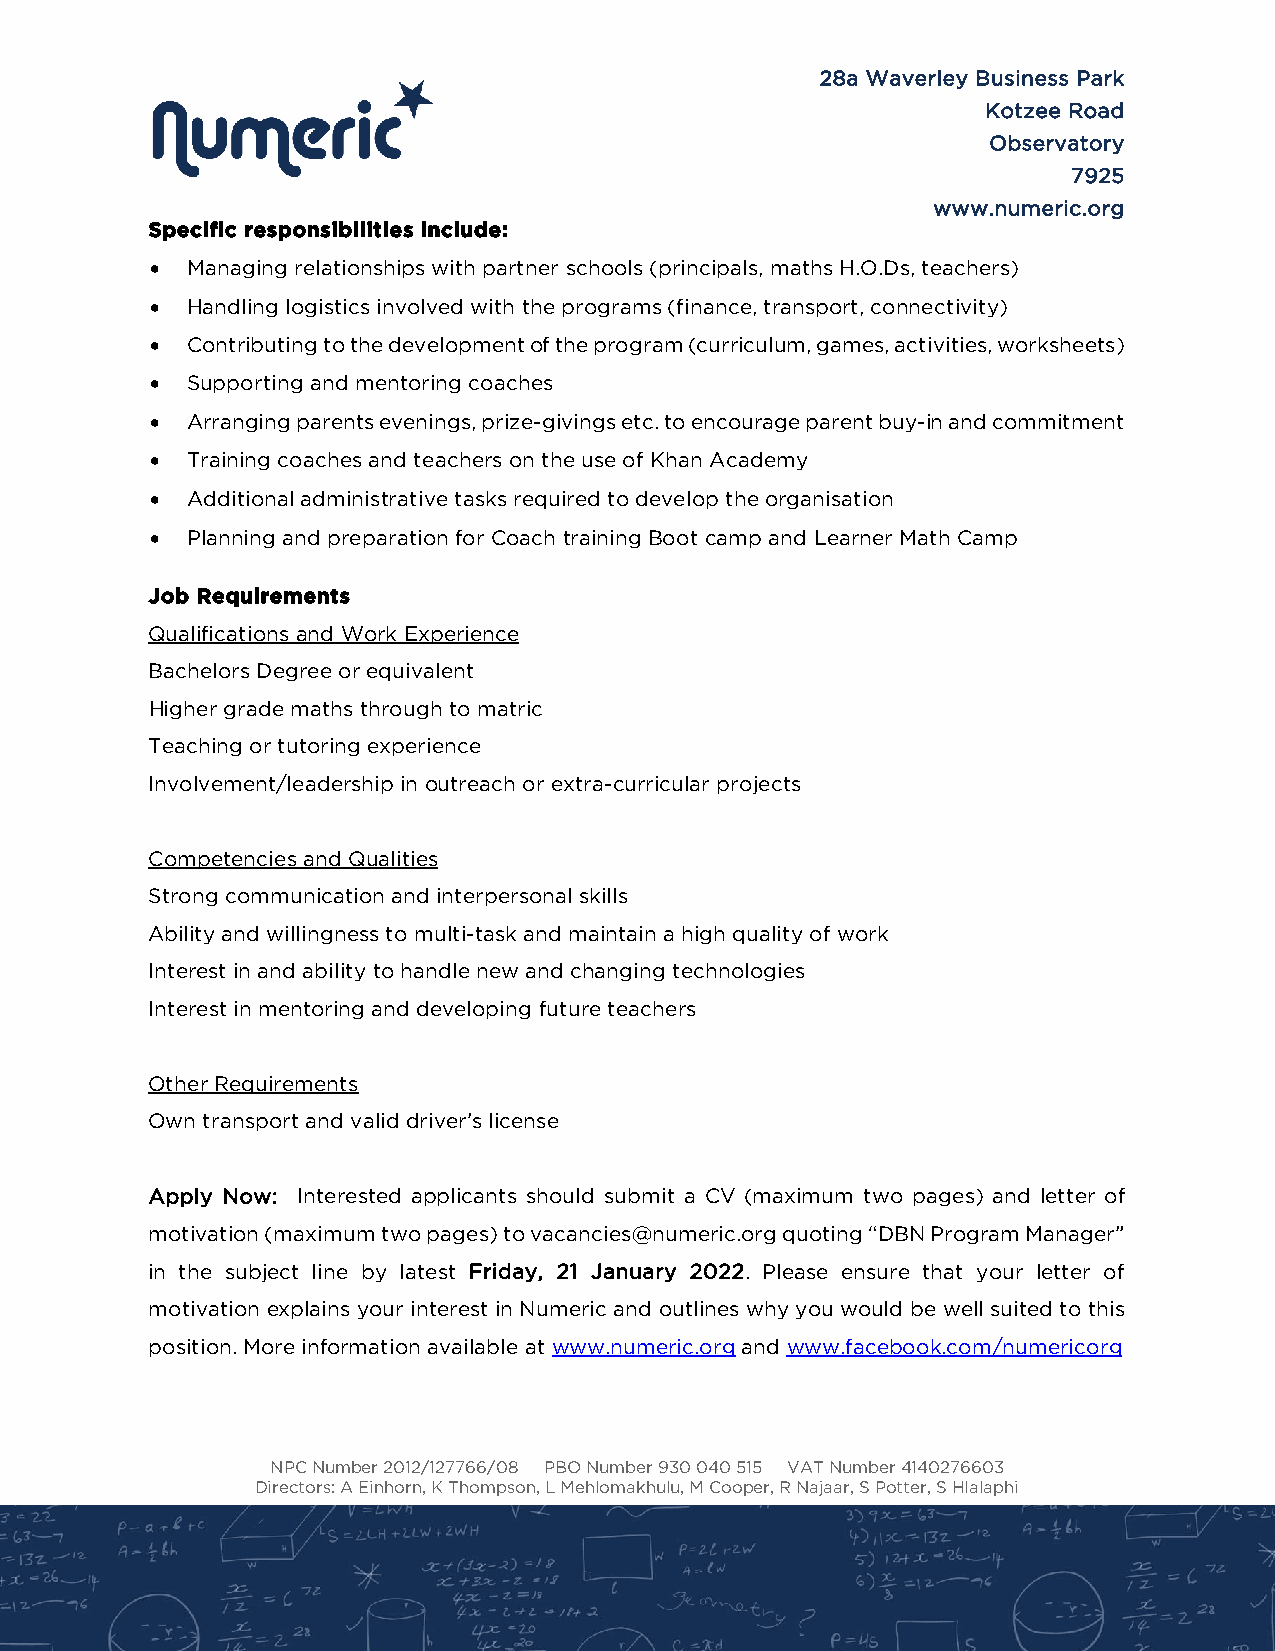
28a Waverley Business Park
 Kotzee Road
 Observatory
 7925
 www.numeric.org
 Specific responsibilities include:
 • Managing relationships with partner schools (principals, maths H.O.Ds, teachers)
 • Handling logistics involved with the programs (finance, transport, connectivity)
 • Contributing to the development of the program (curriculum, games, activities, worksheets)
 • Supporting and mentoring coaches
 • Arranging parents evenings, prize-givings etc. to encourage parent buy-in and commitment
 • Training coaches and teachers on the use of Khan Academy
 • Additional administrative tasks required to develop the organisation
 • Planning and preparation for Coach training Boot camp and Learner Math Camp
 Job Requirements
 Qualifications and Work Experience
 Bachelors Degree or equivalent
 Higher grade maths through to matric
 Teaching or tutoring experience
 Involvement/leadership in outreach or extra-curricular projects
 Competencies and Qualities
 Strong communication and interpersonal skills
 Ability and willingness to multi-task and maintain a high quality of work
 Interest in and ability to handle new and changing technologies
 Interest in mentoring and developing future teachers
 Other Requirements
 Own transport and valid driver’s license
 Apply Now: Interested applicants should submit a CV (maximum two pages) and letter of
 motivation (maximum two pages) to vacancies@numeric.org quoting “DBN Program Manager”
 in the subject line by latest Friday, 21 January 2022. Please ensure that your letter of
 motivation explains your interest in Numeric and outlines why you would be well suited to this
 position. More information available at www.numeric.org and www.facebook.com/numericorg
 NPC Number 2012/127766/08 PBO Number 930 040 515 VAT Number 4140276603
 Directors: A Einhorn, K Thompson, L Mehlomakhulu, M Cooper, R Najaar, S Potter, S Hlalaphi